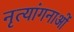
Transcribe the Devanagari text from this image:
नृत्‍यांगनाओं